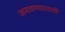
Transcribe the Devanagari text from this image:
जगवण्यासाठी